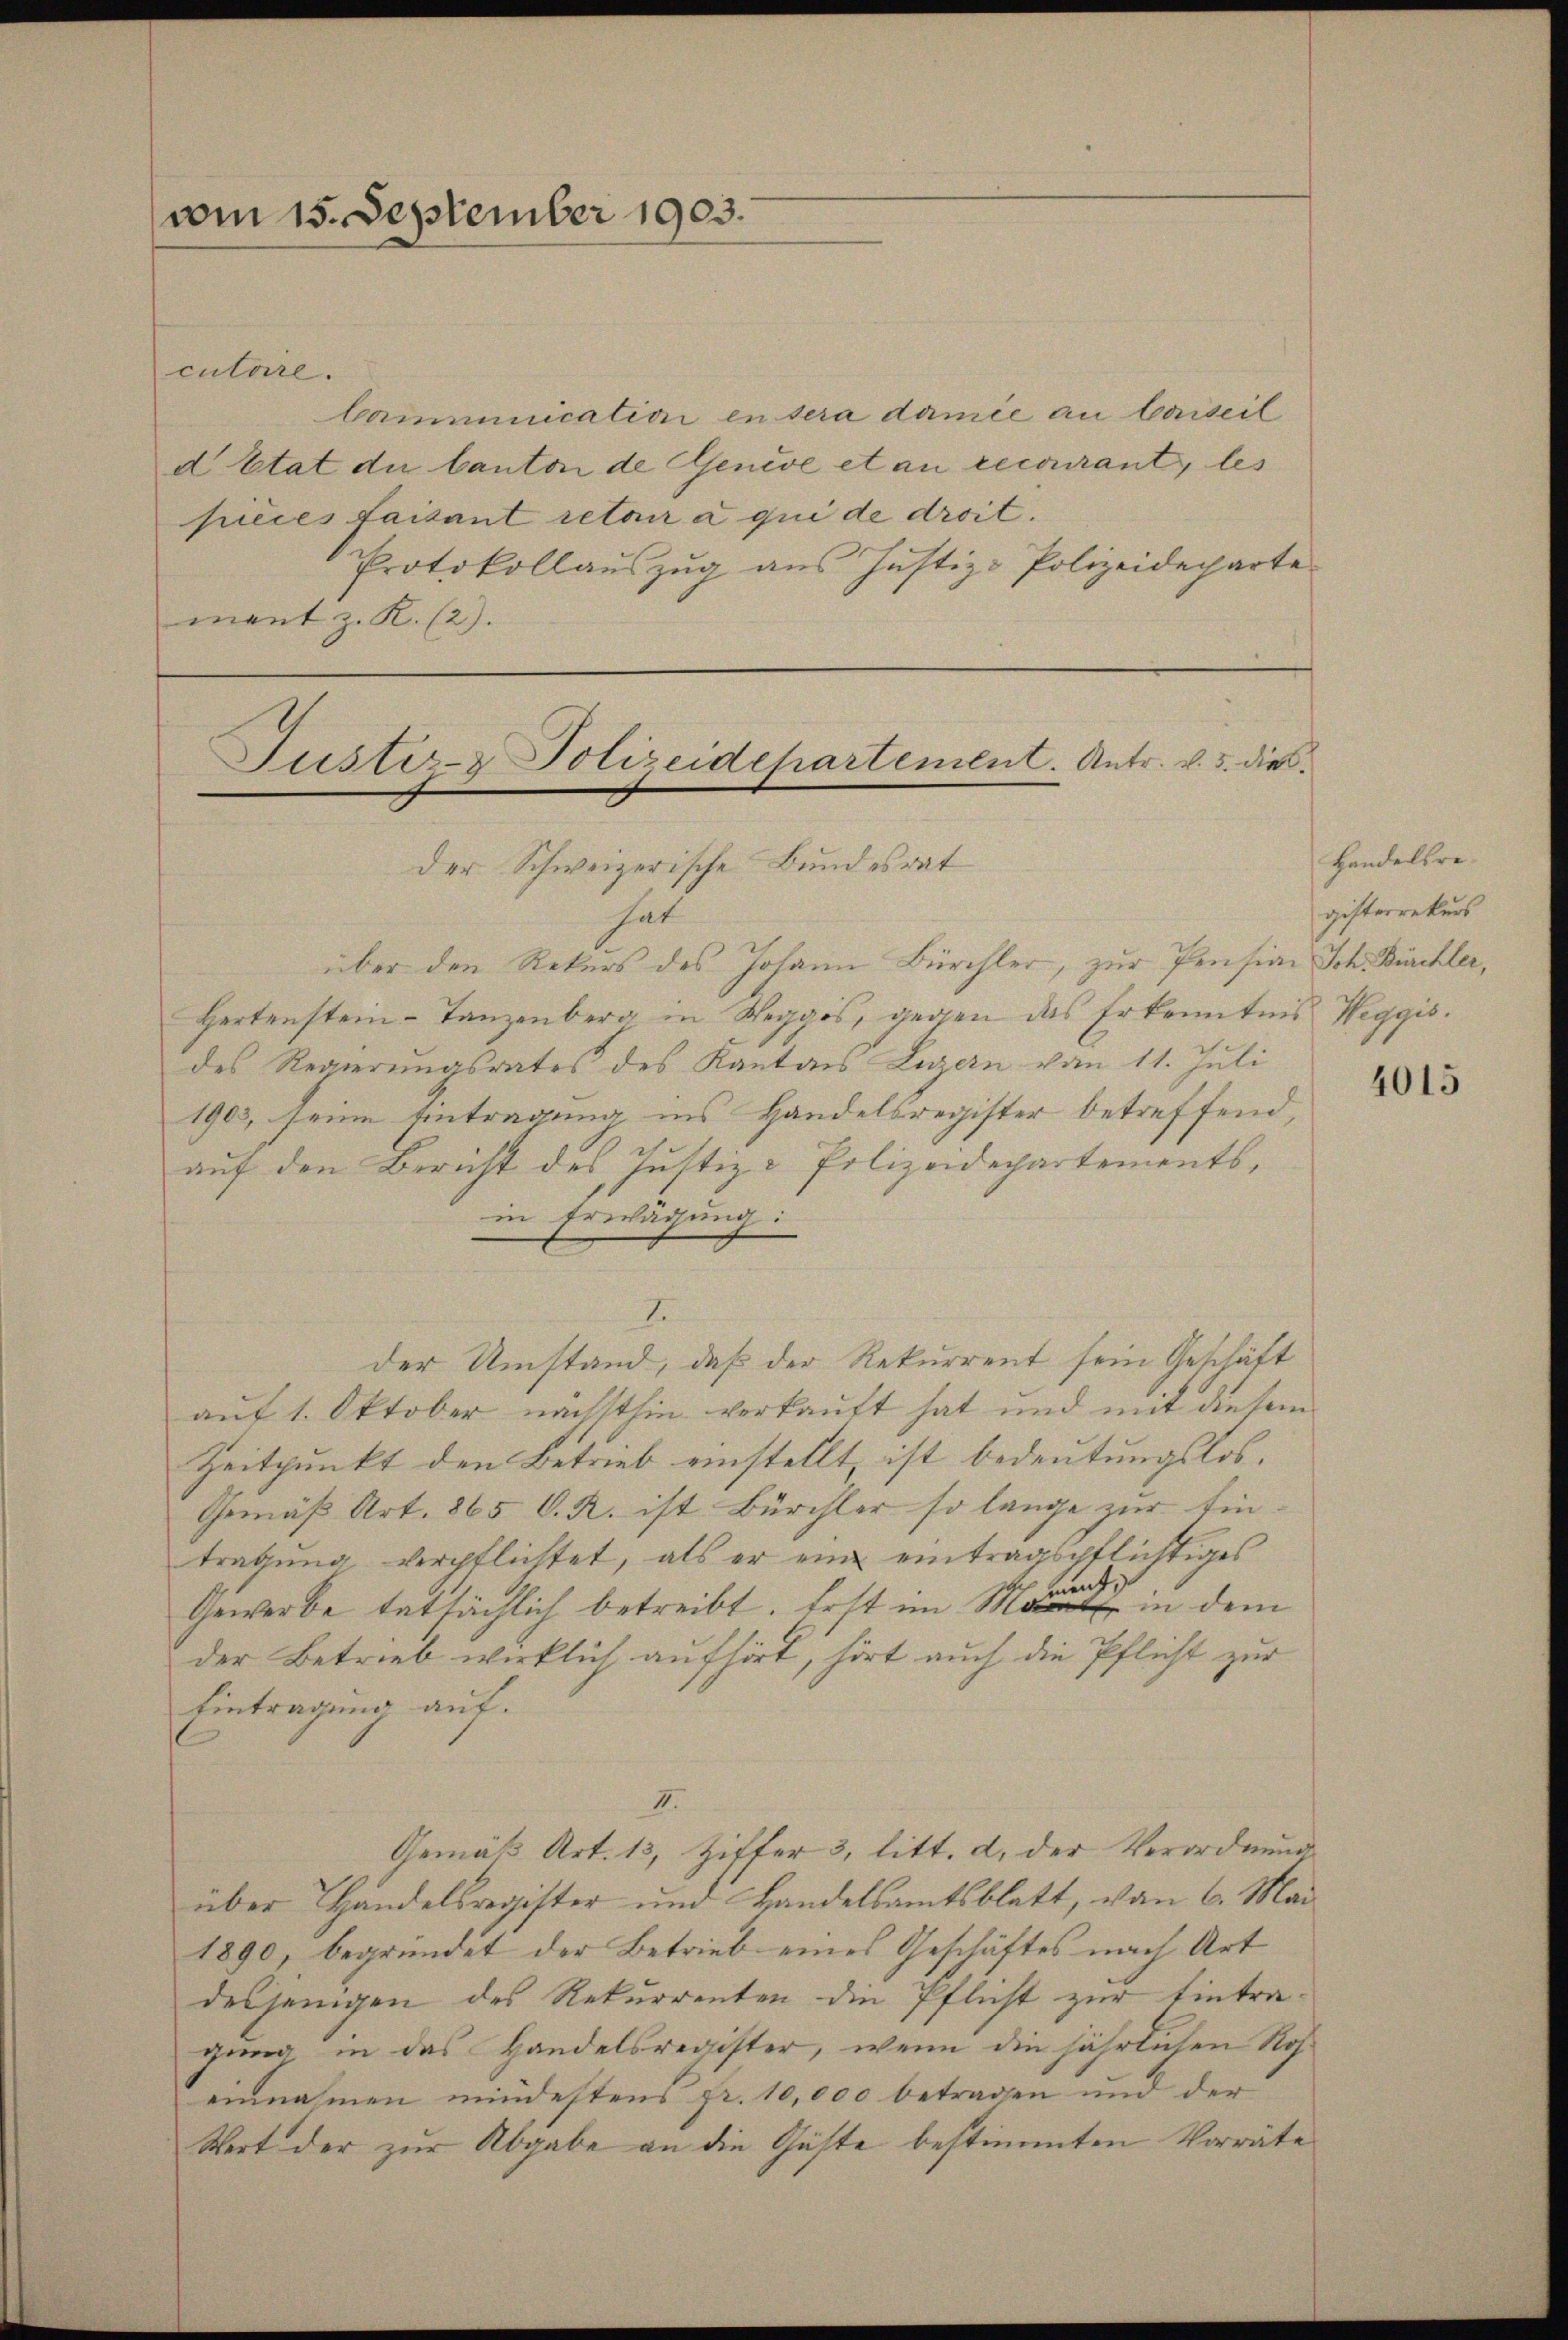
vom 15. September 1903.

culare.
Camminication in sera damie an beiseil
d Etat die Canton de Genève et an recourant, les
pieces faisant retair à qui de droit.
Protokollaŭszŭg ans Justiz-Polizeideparte
ment z. R. (2).

Justiz- & Polizeidchartement. Antr. v. 5. dies

Der Schweizerische Bundesrat
hat
über den Rekurs des Johann Bürchler, zur Pension Sch. Burchler,
Hertenstein-Tanzenberg in Reggis, gegen das Erkenntnis Weggis.
des Regierungsrates des Kanton Luzern vom 11. Juli
1903, seine Eintragung ins Handelsregister betreffend,
auf den Bericht des Justiz- & Polizeidepartements,
in Erwägung:
I
der Umstand, daß der Rekurrent sein Geschäft
auf 1. Oktober nächsthin verkauft hat und mit diesem
Zeitpunkt den Betrieb einstellt ist bedeutungslos.
Gemäß Art. 865 C. R. ist Bürchler so lange zur Eintragung verpflichtet, als er eine eintragspflichtiges
Gewerbe tatsächlich betreibt. Erst im Meer in dem
der Betrieb wirklich aufhört, hört auch die Pflicht zur
Eintragung auf.
II.
Gemäß Art. 13, Ziffer 3. litt. d. der Verordnung
über Handelsregister und Handelsamtsblatt, von 6. Mai
1890, begründet der Betrieb eines Geschäftes nach Art
desjenigen des Rekurrenten die Pflicht zur Eintragung in das Handelsregister, wenn die jährlichen Roheinnahmen mindestens pr. 10,000 betragen und der
Wort der zur Abgabe an die Gäste bestimmten Vorräte

Handelsregisterrekurs

4015